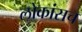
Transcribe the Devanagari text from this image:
लोकांसच